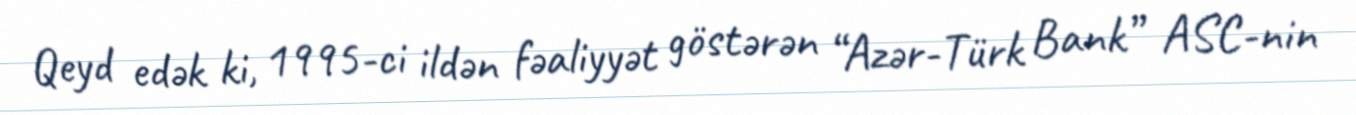
Qeyd edək ki, 1995-ci ildən fəaliyyət göstərən “Azər-Türk Bank” ASC-nin